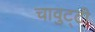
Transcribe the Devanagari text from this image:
चावुट्टी